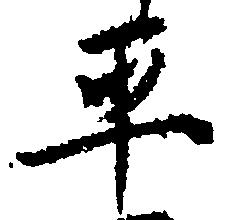
平